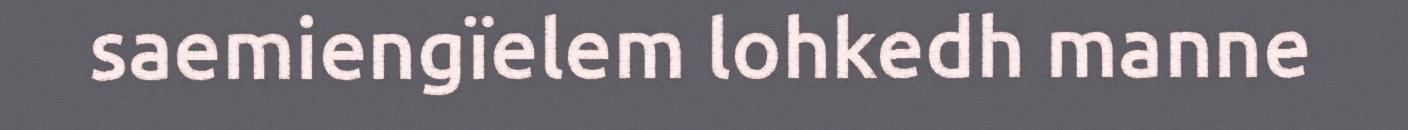
saemiengïelem lohkedh manne